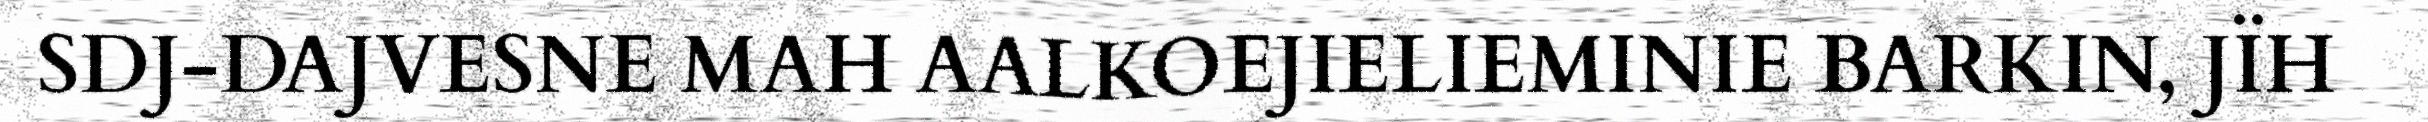
SDJ-DAJVESNE MAH AALKOEJIELIEMINIE BARKIN, JÏH